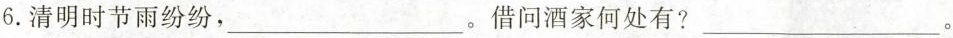
6.清明时节雨纷纷，___。借问酒家何处有?___。